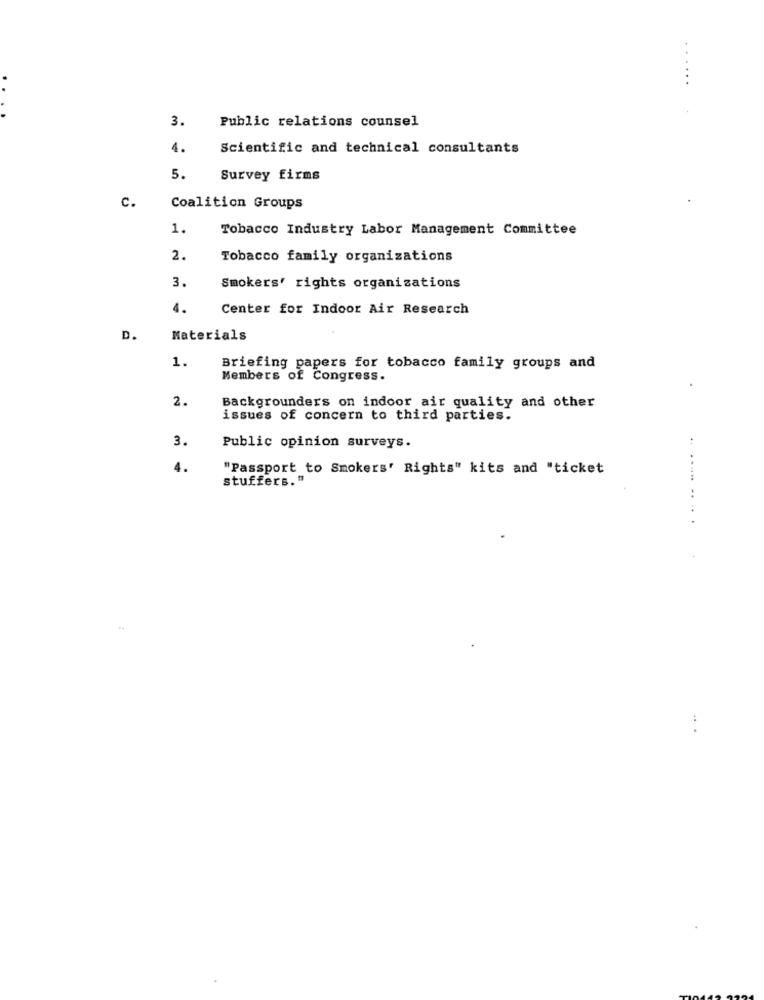
3.
Public relations counsel
4.
Scientific and technical consultants
5.
Survey firms
c.
Coalition Groups
1.
Tobacco Industry Labor Management Committee
2.
Tobacco family organizations
3.
Smokers' rights organizations
4.
Center for Indoor Air Research
D.
Materials
1.
Briefing papers for tobacco family groups and
Members of Congress.
2.
Backgrounders on indoor air quality and other
issues of concern to third parties.
3.
Public opinion surveys.
4.
"Passport to Smokers' Rights" kits and "ticket
stuffers."
.... .